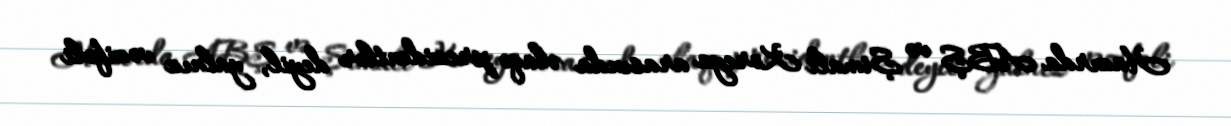
Hazırda ABŞ və Şimali Koreya arasında əlaqə prezidentlər deyil, yalnız vəzifəli